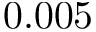
0 . 0 0 5